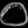
Digit: ၀